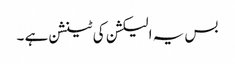
بس یہ الیکشن کی ٹینشن ہے ۔